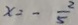
x = - \frac { 2 } { 5 }